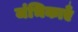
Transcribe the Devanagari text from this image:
जंभिकाएँ